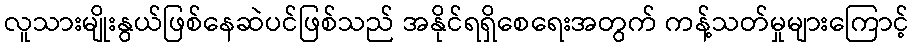
လူသားမျိုးနွယ်ဖြစ်နေဆဲပင်ဖြစ်သည် အနိုင်ရရှိစေရေးအတွက် ကန့်သတ်မှုများကြောင့်